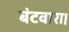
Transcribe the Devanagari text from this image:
बंटवारा।